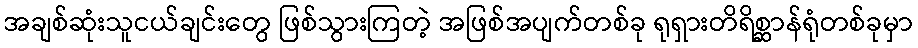
အချစ်ဆုံးသူငယ်ချင်းတွေ ဖြစ်သွားကြတဲ့ အဖြစ်အပျက်တစ်ခု ရုရှားတိရိစ္ဆာန်ရုံတစ်ခုမှာ